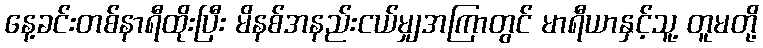
နေ့ခင်းတစ်နာရီထိုးပြီး မိနစ်အနည်းငယ်မျှအကြာတွင် မာရီယာနှင့်သူ့ တူမတို့